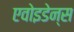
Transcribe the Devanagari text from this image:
एवोइडेन्स